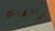
برناديت